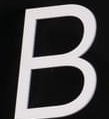
B